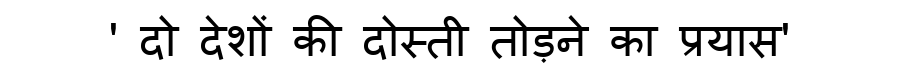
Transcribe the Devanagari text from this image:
' दो देशों की दोस्ती तोड़ने का प्रयास'